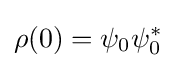
\rho (0)=\psi _{0}\psi _{0}^{\ast }